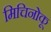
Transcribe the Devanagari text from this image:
मिचिनोकू